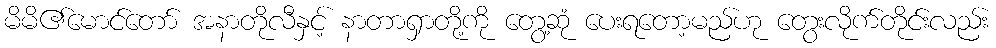
မိမိ၏မောင်တော် အနာတိုလီနှင့် နာတာရှာတို့ကို တွေ့ဆုံ ပေးရတော့မည်ဟု တွေးလိုက်တိုင်းလည်း